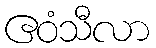
ဧဝံသီလာ